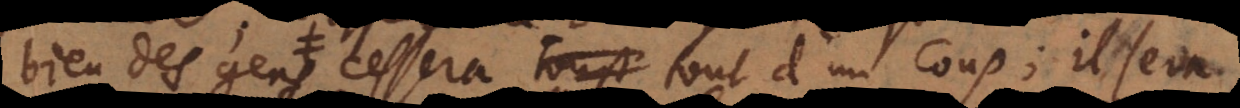
bien des gens, cessera tout d’un coup; il sera